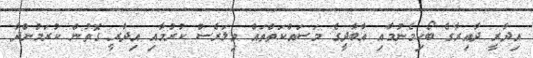
އިދާރީ ދާއިރާގެ ބޯހިމެނުމާއި އާބާދީގެ މަސައްކަތްތައް ވިލަރެސް ކުރުމާއި އިދާރީ ގޮތުން ކުރަމުންދާ